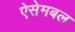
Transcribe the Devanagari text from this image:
ऐसेमबल